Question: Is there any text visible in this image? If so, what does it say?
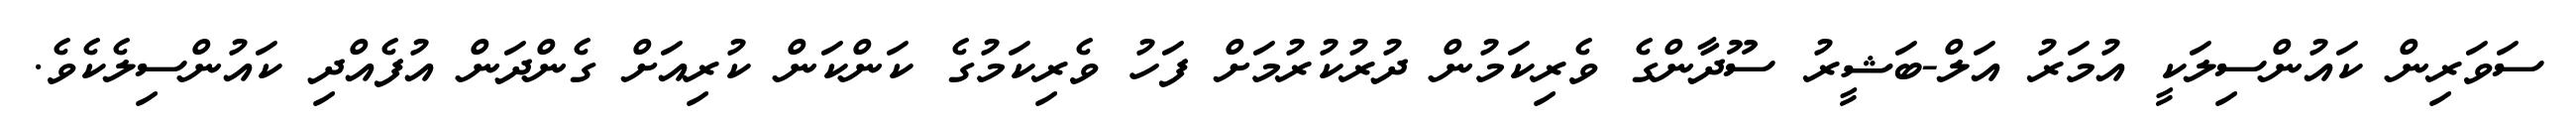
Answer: ސަވަރިން ކައުންސިލަކީ އުމަރު އަލް-ބަޝީރު ސޫދާންގެ ވެރިކަމުން ދުރުކުރުމަށް ފަހު ވެރިކަމުގެ ކަންކަން ކުރިއަށް ގެންދަން އުފެއްދި ކައުންސިލެކެވެ.